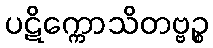
ပဋိက္ကောသိတဗ္ဗဉ္စ